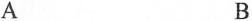
A B